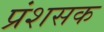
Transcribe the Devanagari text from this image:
प्रंशसक